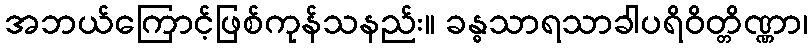
အဘယ်ကြောင့်ဖြစ်ကုန်သနည်း။ ခန္ဓသာရသာခါပရိဝိတ္တိဏ္ဏာ၊